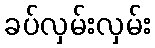
ခပ်လှမ်းလှမ်း